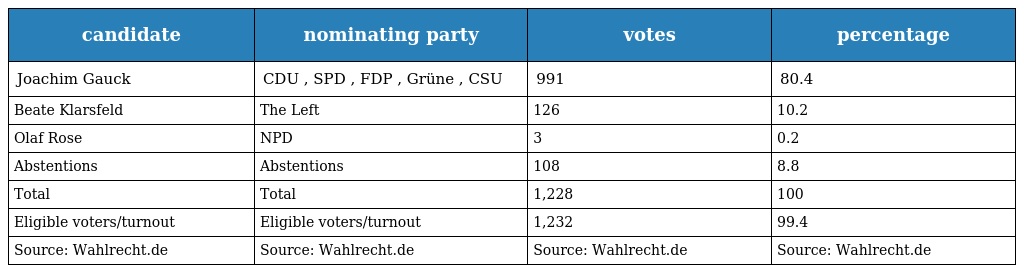
| candidate | nominating party | votes | percentage |
 | --- | --- | --- | --- |
 | Joachim Gauck | CDU , SPD , FDP , Grüne , CSU | 991 | 80.4 |
 | Beate Klarsfeld | The Left | 126 | 10.2 |
 | Olaf Rose | NPD | 3 | 0.2 |
 | Abstentions | Abstentions | 108 | 8.8 |
 | Total | Total | 1,228 | 100 |
 | Eligible voters/turnout | Eligible voters/turnout | 1,232 | 99.4 |
 | Source: Wahlrecht.de | Source: Wahlrecht.de | Source: Wahlrecht.de | Source: Wahlrecht.de |